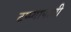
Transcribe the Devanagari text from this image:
टप्प्यापाशी